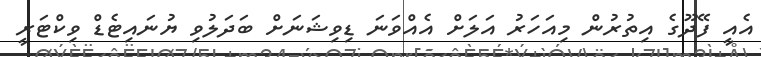
އެއީ ފޭދޫގެ އިތުރުން މިއަހަރު އަލަށް އެއްވަނަ ޑިވިޝަނަށް ބަދަލުވި ޔުނައިޓެޑް ވިކްޓަރީ